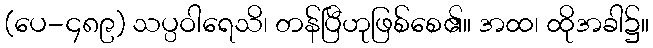
(ပေ-၄၈၉) သပ္ပဝါရေသိ၊ တန်ပြီဟုဖြစ်စေ၏။ အထ၊ ထိုအခါ၌။